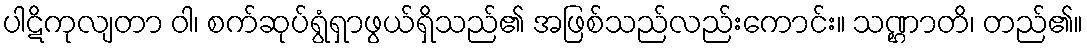
ပါဋိကုလျတာ ဝါ၊ စက်ဆုပ်ရွံရှာဖွယ်ရှိသည်၏ အဖြစ်သည်လည်းကောင်း။ သဏ္ဌာတိ၊ တည်၏။